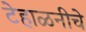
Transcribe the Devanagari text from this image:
टेहाळनीचे